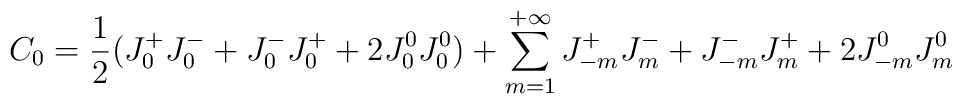
C_0  = \frac{1}{2} (J^+_0J^-_0 + J^-_0J^+_0 + 2 J^0_0 J^0_0) +\sum_{m=1}^{+\infty} J^+_{-m}J^-_m + J^-_{-m}J^+_m +2 J^0_{-m} J^0_m